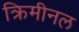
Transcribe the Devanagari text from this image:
क्रिमीनल